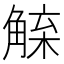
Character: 𧤇